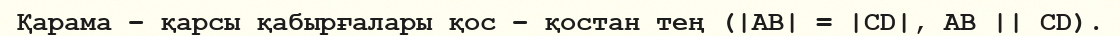
Қарама – қарсы қабырғалары қос – қостан тең (|AB| = |CD|, AB || CD).